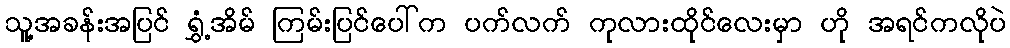
သူ့အခန်းအပြင် ရွှံ့အိမ် ကြမ်းပြင်ပေါ်က ပက်လက် ကုလားထိုင်လေးမှာ ဟို အရင်ကလိုပဲ